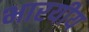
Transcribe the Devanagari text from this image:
भारयीय